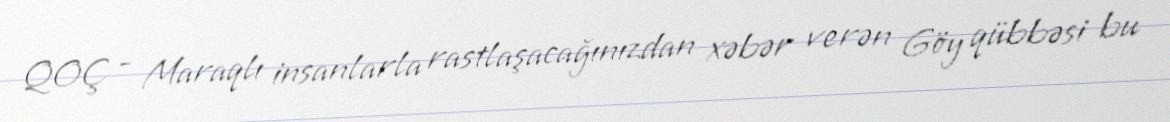
QOÇ - Maraqlı insanlarla rastlaşacağınızdan xəbər verən Göy qübbəsi bu